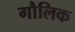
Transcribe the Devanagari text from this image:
गौलिक